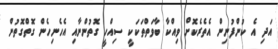
އަދި އެ ކުންފުނިން އެތެރެކޮށް ވިއްކާ ބާވަތްތަކަކީ ސިއްހީ ގޮތުންނާއި އެހެނިހެން ގޮތްގޮތުން